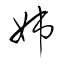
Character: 姉